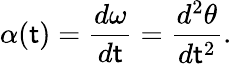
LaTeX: \alpha(\mathsf{t})={\frac{{d\omega}}{{d\mathsf{t}}}}={\frac{{d^{2}\theta}}{{d\mathsf{t}^{2}}}}.